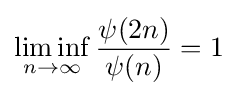
\liminf _{n\to \infty }{\frac {\psi (2n)}{\psi (n)}}=1